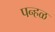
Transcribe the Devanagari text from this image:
पन्हळ